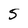
Character: 5